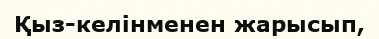
Қыз-келінменен жарысып,